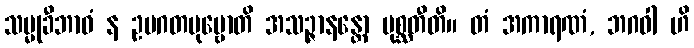
သမ္မုခီဘာဝံ န ဥပဂတပုဗ္ဗောတိ အသဉ္ဇာနန္တော ပုစ္ဆတီတိ။ တံ အကာရဏံ, ဘဂဝါ ဟိ